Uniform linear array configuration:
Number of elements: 8
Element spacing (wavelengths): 1
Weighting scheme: hamming
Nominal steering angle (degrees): -60
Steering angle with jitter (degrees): -60.074
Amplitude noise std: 0.05
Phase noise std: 0.05

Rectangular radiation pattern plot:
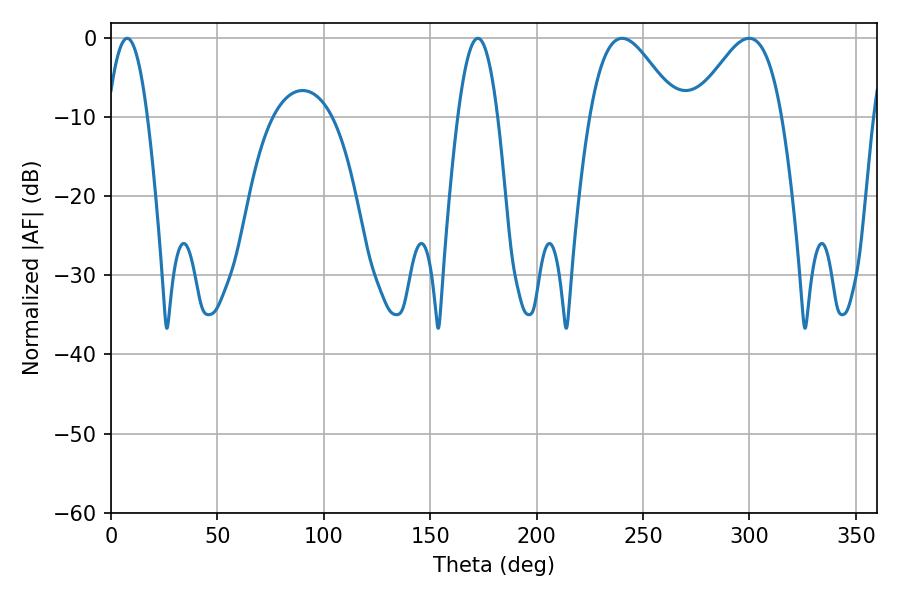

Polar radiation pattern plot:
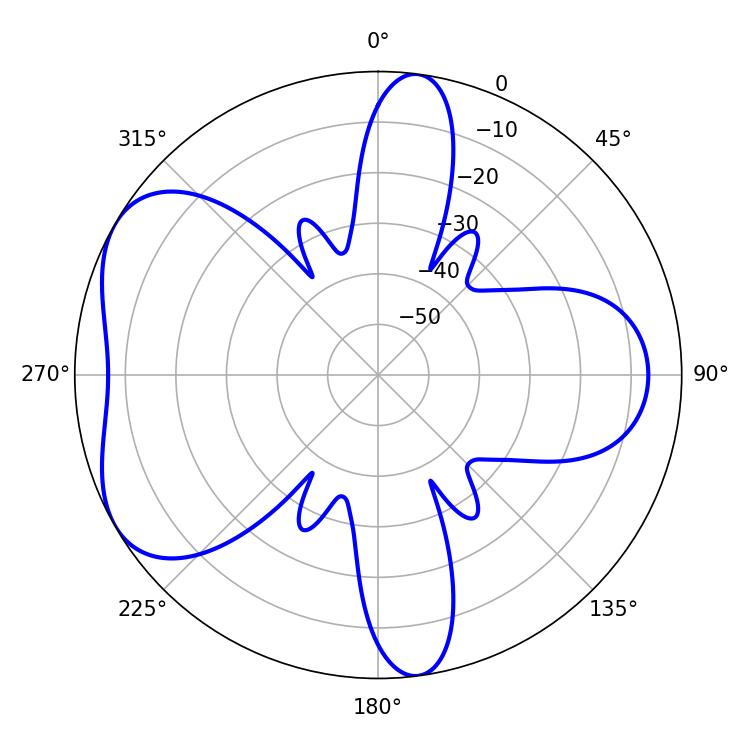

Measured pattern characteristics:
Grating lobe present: TRUE
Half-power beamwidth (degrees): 22.14
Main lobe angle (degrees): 240.12